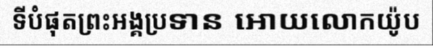
ទីបំផុតព្រះអង្គប្រទាន អោយលោកយ៉ូប